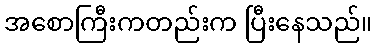
အစောကြီးကတည်းက ပြီးနေသည်။